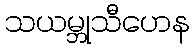
သယမ္ဘုသီဟေန